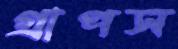
গ্রাপস